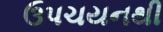
ઉપચયનથી